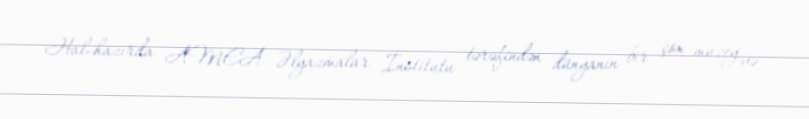
Hal-hazırda AMEA Əlyazmalar İnstitutu tərəfindən dünyanın bir çox muzey və